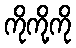
ကိုကို့ကို